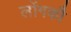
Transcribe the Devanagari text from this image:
लोंगकौ